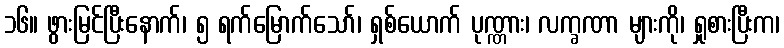
၁၆။ ဖွားမြင်ပြီးနောက်၊ ၅ ရက်မြောက်သော်၊ ရှစ်ယောက် ပုဏ္ဏား၊ လက္ခဏာ များကို၊ ရှုစားပြီးက၊